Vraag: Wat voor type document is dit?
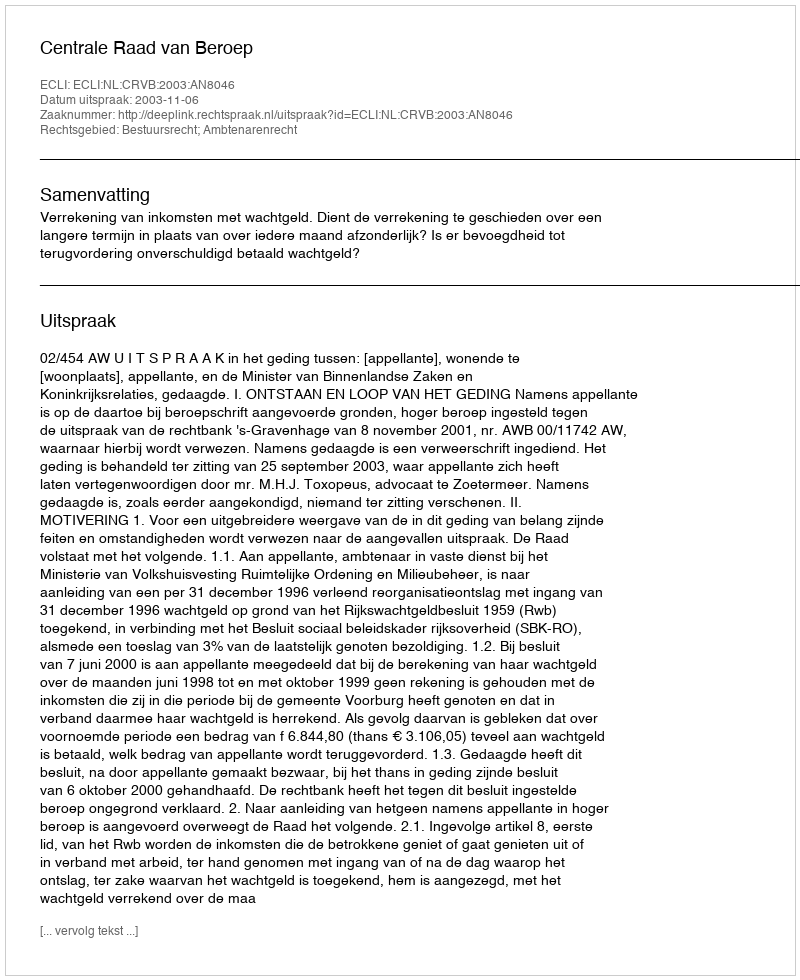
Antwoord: Uitspraak